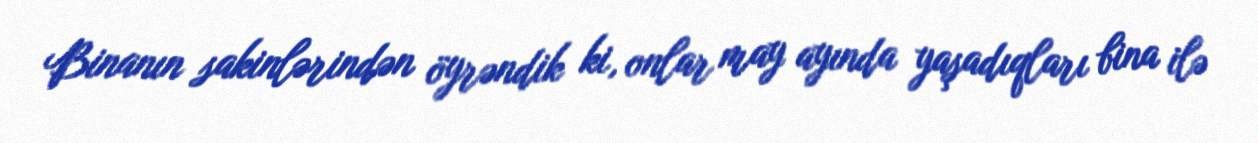
Binanın sakinlərindən öyrəndik ki, onlar may ayında yaşadıqları bina ilə